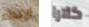
ارتداء كلارا